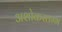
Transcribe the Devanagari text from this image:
अशोकस्तम्भ